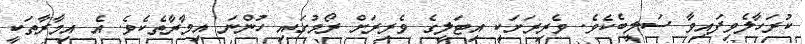
ކުރަހާލެވިފައިވާ ސަލީބެކެވެ. ވެރިރަށަކީ އިޓަލީގެ ވެރިރަށް ރޯމުގައި ހުންނަ އިމާރާތެކެވެ. އެ އިމާރާތަކީ